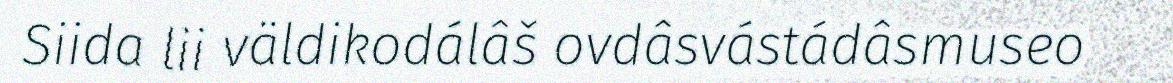
Siida lii väldikodálâš ovdâsvástádâsmuseo